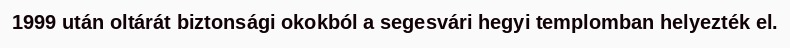
1999 után oltárát biztonsági okokból a segesvári hegyi templomban helyezték el.